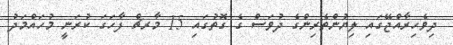
ދިވެހިރާއްޖޭގައި ލިޔުންތެރިންގެ ދުވަސް ގެ ގޮތުގައި 15 މާރޗް ފާހަގަ ކުރަނީ މުހައްމަދު